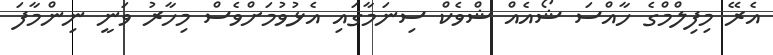
އެރޭ މިފިލްމްގެ ހާއްސަ ޝޯއެއް ޝްވެކް ސިނަމާގައި އެޅުވުމަށްވެސް މިހާރު ވަނީ ނިންމާފަ